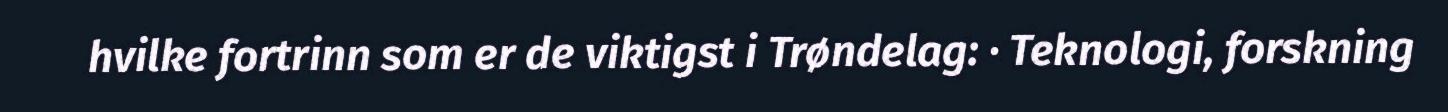
hvilke fortrinn som er de viktigst i Trøndelag: · Teknologi, forskning